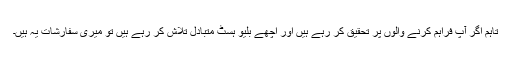
تاہم اگر آپ فراہم کرنے والوں پر تحقیق کر رہے ہیں اور اچھے بلیو ہسٹ متبادل تلاش کر رہے ہیں تو میری سفارشات یہ ہیں۔